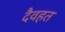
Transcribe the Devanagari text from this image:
दैवहत